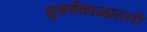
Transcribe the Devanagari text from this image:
सुवर्णकाळातली